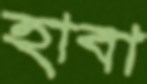
হাবা